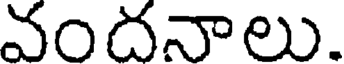
వందనాలు.